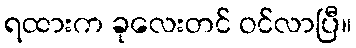
ရထားက ခုလေးတင် ဝင်လာပြီ။